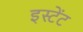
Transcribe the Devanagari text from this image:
इस्टेंट